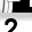
Digit: 2